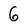
Character: 6